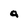
Character: a